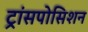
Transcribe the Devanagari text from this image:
ट्रांसपोसिशन